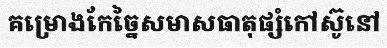
គម្រោងកែច្នៃសមាសធាតុផ្សំកៅស៊ូនៅ